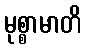
မုစ္စာမာတိ